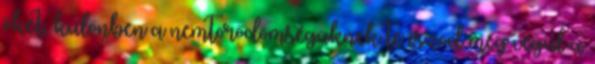
őket, különben a nemtörődömségüknek te iszod meg végül a